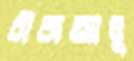
বীজআলু